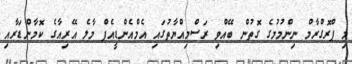
މި ޕްރޮގްރާމް ނިންމުމުގެ ގޮތުން ބޭއްވި ރަސްމިއްޔާތުގައި އެމްއެންޑީއެފް މާލެ އޭރިއާގެ ކޮމާންޑަރާއި